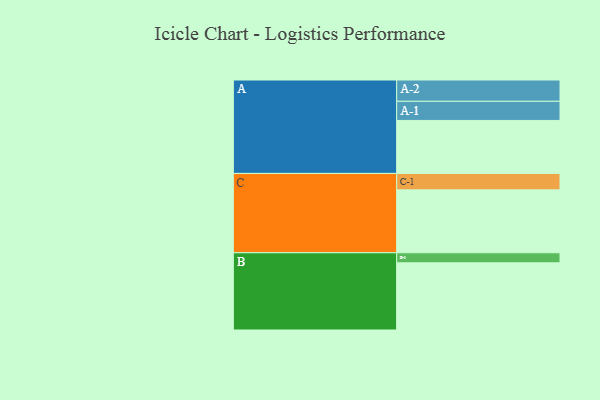
{"axis": {"x": "Segment", "y": "Value"}, "legend": ["", "A", "B", "C"], "data": [{"x": "A", "y": 448, "type": ""}, {"x": "B", "y": 568, "type": ""}, {"x": "C", "y": 532, "type": ""}, {"x": "A-1", "y": 162, "type": "A"}, {"x": "A-2", "y": 180, "type": "A"}, {"x": "B-1", "y": 85, "type": "B"}, {"x": "C-1", "y": 139, "type": "C"}]}